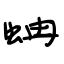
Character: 蚺